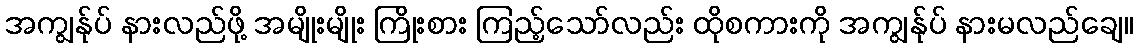
အကျွန်ုပ် နားလည်ဖို့ အမျိုးမျိုး ကြိုးစား ကြည့်သော်လည်း ထိုစကားကို အကျွန်ုပ် နားမလည်ချေ။